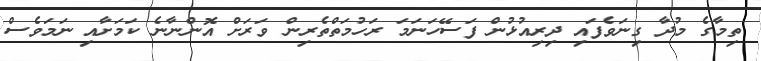
ތިމާގެ މުދާ ގިނަވެފައި ދިރިއުޅުން ފަސޭހަނަމަ ރަހުމަތްތެރިން ވަރަށް އޮންނާނެ ކަމަށާއި ނަމަވެސް